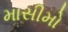
માસીમો